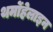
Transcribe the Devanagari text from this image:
थर्मोहेलाइन